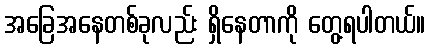
အခြေအနေတစ်ခုလည်း ရှိနေတာကို တွေ့ရပါတယ်။